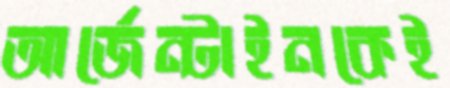
আর্জেন্টাইনকেই